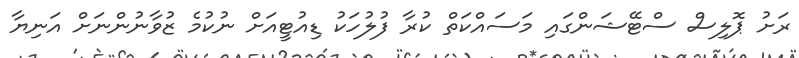
ރަށު ޕޮލިސް ސްޓޭޝަންގައި މަސައްކަތް ކުރާ ފުލުހަކު ޑިއުޓީއަށް ނުކުމެ ޒުވާނުންނަށް އަނިޔާ